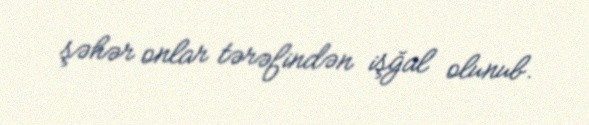
şəhər onlar tərəfindən işğal olunub.